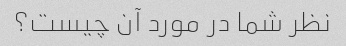
نظر شما در مورد آن چیست؟